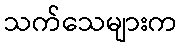
သက်သေများက